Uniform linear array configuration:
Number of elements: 32
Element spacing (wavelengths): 0.75
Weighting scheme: blackman
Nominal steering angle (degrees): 45
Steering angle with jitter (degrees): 44.853
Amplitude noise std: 0.05
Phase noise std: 0.05

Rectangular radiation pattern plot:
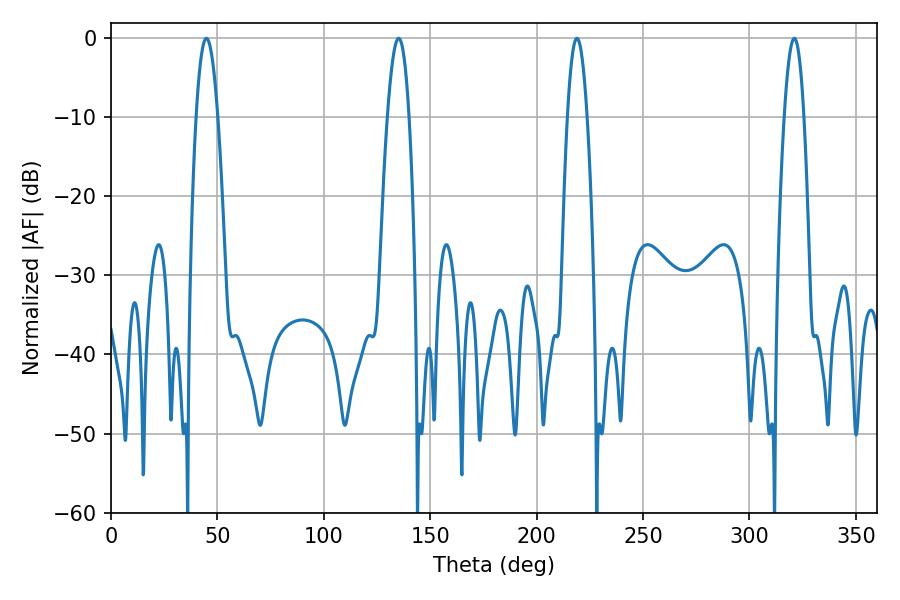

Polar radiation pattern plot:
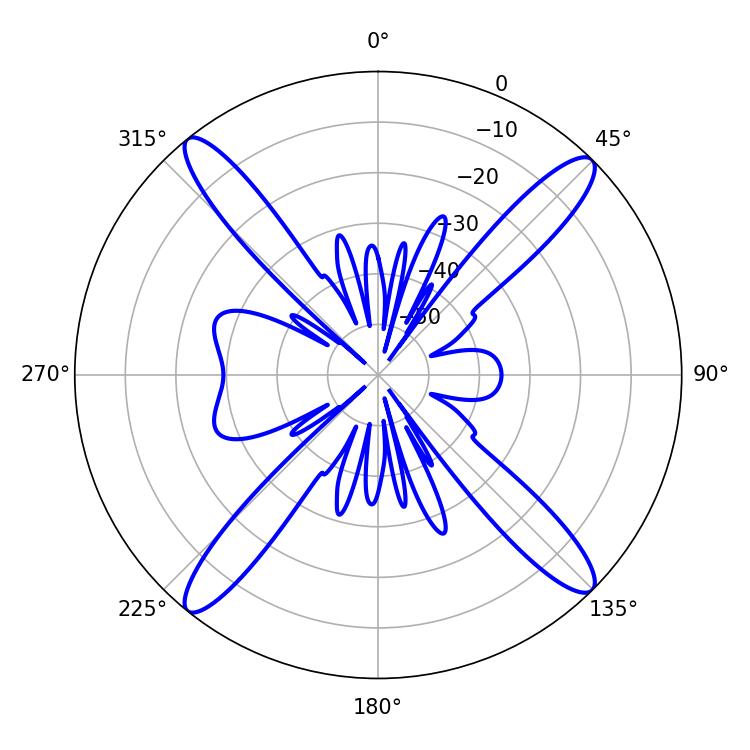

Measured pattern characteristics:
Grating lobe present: TRUE
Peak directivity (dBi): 18.699
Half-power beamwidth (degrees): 5.58
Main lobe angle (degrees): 44.82